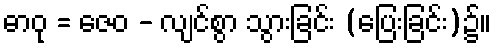
ဓာဝု = ဇေဝ - လျင်စွာ သွားခြင်း (ပြေးခြင်း)၌။